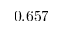
0 . 6 5 7